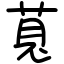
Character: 萈